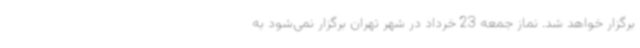
برگزار خواهد شد. نماز جمعه 23 خرداد در شهر تهران برگزار نمی‌شود به